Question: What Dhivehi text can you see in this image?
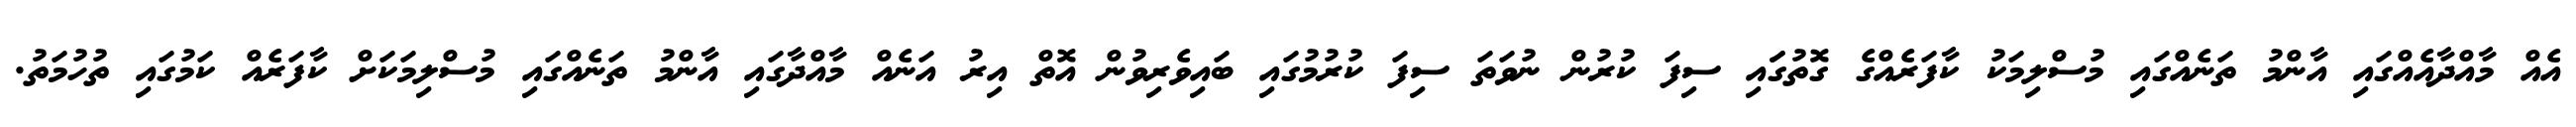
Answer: އެއް މާއްދާއެއްގައި އާންމު ތަނެއްގައި މުސްލިމަކު ކާފަރެއްގެ ގޮތުގަައި ސިފަ ކުރުން ނުވަތަ ސިފަ ކުރުމުގައި ބައިވެރިވުން އޮތް އިރު އަނެއް މާއްދާގައި އާންމު ތަނެއްގައި މުސްލިމަކަށް ކާފަރެއް ކަމުގައި ތުހުމަތު.